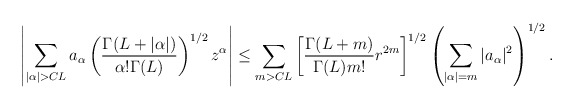
\begin{align*}\left|\sum_{|\alpha|>CL}a_{\alpha}\left(\frac{\Gamma(L+|\alpha|)}{\alpha!\Gamma(L)}\right)^{1/2}z^{\alpha}\right| & \leq \sum_{m>CL}\left[\frac{\Gamma(L+m)}{\Gamma(L)m!}r^{2m}\right]^{1/2}\left(\sum_{|\alpha|=m}|a_{\alpha}|^2\right)^{1/2} .\end{align*}